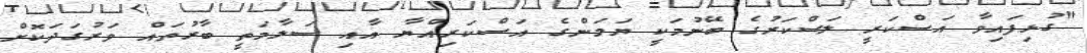
"ގުޅިފައިވާ އަސްކަރީ ލަސްކަރުގެ ބޭނުމަކީ ޔަމަންގެ އަސްކަރިއްޔާ އާއި ސަލާމަތީ ބާރުތައް ވަރުގަދަކޮށް